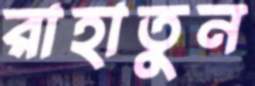
রাহাতুন